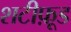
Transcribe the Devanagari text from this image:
शटीफ़ूड